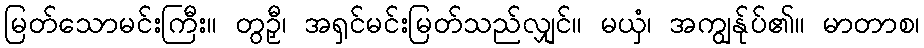
မြတ်သောမင်းကြီး။ တွဉှီ၊ အရှင်မင်းမြတ်သည်လျှင်။ မယှံ၊ အကျွန်ုပ်၏။ မာတာစ၊